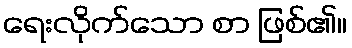
ရေးလိုက်သော စာ ဖြစ်၏။